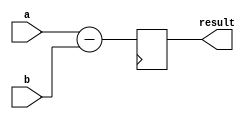
module fixed_point_subtractor (

  input [15:0] a, // first fixed-point number
  input [15:0] b, // second fixed-point number
  output reg [15:0] result // result of the subtraction operation

);

  reg [15:0] temp;

  always @(posedge clk) begin
    temp = a - b;
    result <= temp;
  end

endmodule